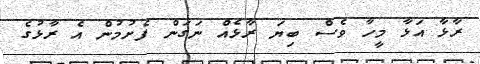
ރާޅާ އަޅާ މީހާ ވެސް ބިޔަ ރާޅެއް ނަގަން ފެށުމުން އެ ރާޅުގެ